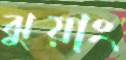
ঝুয়াং